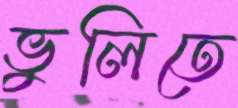
ভুলিতে